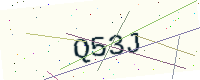
Text: Q53J